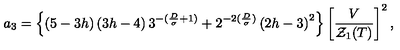
a _ { 3 } = \left\{ \left( 5 - 3 h \right) \left( 3 h - 4 \right) 3 ^ { - ( \frac { D } { \sigma } + 1 ) } + 2 ^ { - 2 ( \frac { D } { \sigma } ) } \left( 2 h - 3 \right) ^ { 2 } \right\} \left[ \frac { V } { { \cal { Z } } _ { 1 } ( T ) } \right] ^ { 2 } ,